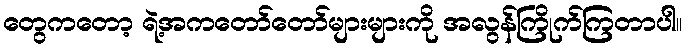
တွေကတော့ ရဲ့အကတော်တော်များများကို အလွန်ကြိုက်ကြတာပါ။